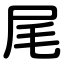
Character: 尾